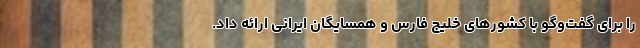
را برای گفت‌وگو با کشورهای خلیج فارس و همسایگان ایرانی ارائه داد.